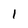
Character: 1